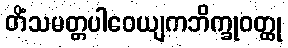
တိံသမတ္တပါဝေယျကဘိက္ခုဝတ္ထု